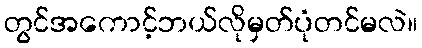
တွင်အကောင့်ဘယ်လိုမှတ်ပုံတင်မလဲ။